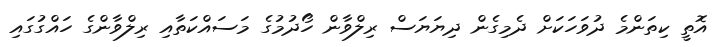
އޮތީ ކިތަންމެ ދުވަހަކަށް ދެމިގެން ދިޔަޔަސް ރިލްވާން ހޯދުމުގެ މަސައްކަތާއި ރިލްވާންގެ ހައްގުގައި